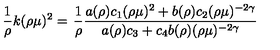
\frac { 1 } { \rho } k ( \rho \mu ) ^ { 2 } = \left. \frac { 1 } { \rho } \frac { a ( \rho ) c _ { 1 } ( \rho \mu ) ^ { 2 } + b ( \rho ) c _ { 2 } ( \rho \mu ) ^ { - 2 \gamma } } { a ( \rho ) c _ { 3 } + c _ { 4 } b ( \rho ) ( \rho \mu ) ^ { - 2 \gamma } } \right.